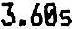
3.60S